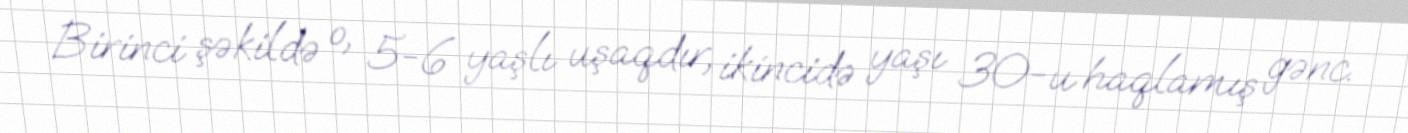
Birinci şəkildə o, 5-6 yaşlı uşaqdır, ikincidə yaşı 30-u haqlamış gənc.